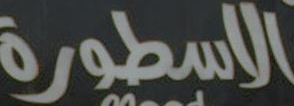
الاسطورة